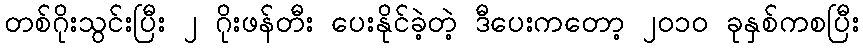
တစ်ဂိုးသွင်းပြီး ၂ ဂိုးဖန်တီး ပေးနိုင်ခဲ့တဲ့ ဒီပေးကတော့ ၂၀၁၀ ခုနှစ်ကစပြီး